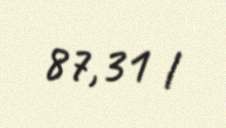
87,31 l